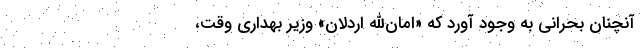
آنچنان بحرانی به وجود آورد که «امان‌الله اردلان» وزیر بهداری وقت،